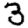
Digit: 3